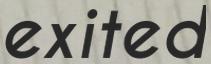
exited